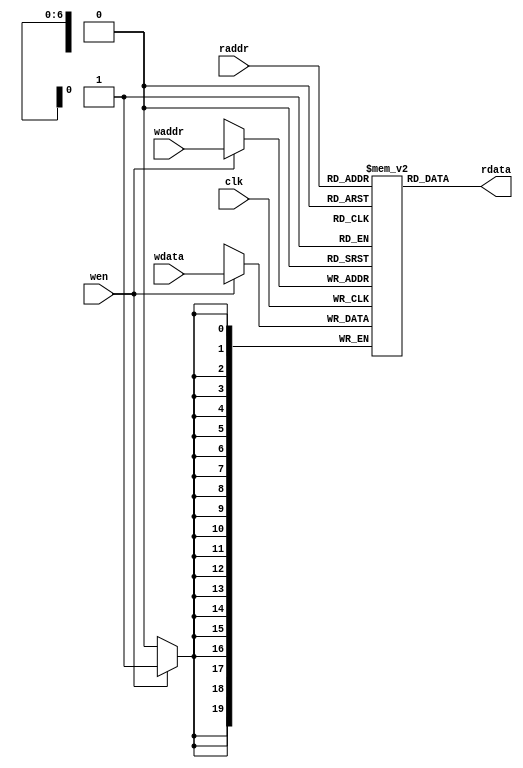
`timescale 10 ns / 1 ns

`define TARRAY_DATA_WIDTH 20
`define TARRAY_ADDR_WIDTH 7
`define TARRAY_SET 128
//setTARRAT_SET TARRT_ADDR_WIDTH
module tag_array(
	input                             clk,
	input  [`TARRAY_ADDR_WIDTH - 1:0] waddr,
	input  [`TARRAY_ADDR_WIDTH - 1:0] raddr,
	input                             wen,
	input  [`TARRAY_DATA_WIDTH - 1:0] wdata,
	output [`TARRAY_DATA_WIDTH - 1:0] rdata
);

	reg [`TARRAY_DATA_WIDTH-1:0] array[ `TARRAY_SET - 1 : 0];
	
	always @(posedge clk)
	begin
		if(wen)
			array[waddr] <= wdata;
	end 

assign rdata = array[raddr];

endmodule